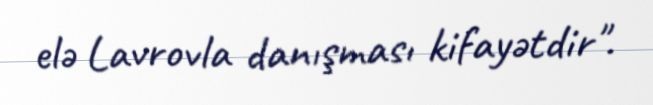
elə Lavrovla danışması kifayətdir".